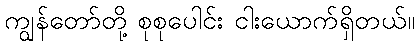
ကျွန်တော်တို့ စုစုပေါင်း ငါးယောက်ရှိတယ်။